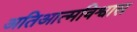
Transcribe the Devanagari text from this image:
अतिआत्मविश्वास